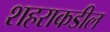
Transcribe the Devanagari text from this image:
शहराकडील